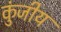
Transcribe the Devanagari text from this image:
कुंजीय